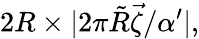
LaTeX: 2R\times|2\pi\tilde{R}\vec{\zeta}/\alpha^{\prime}|,